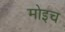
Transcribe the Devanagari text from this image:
मोइच